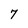
Character: 7